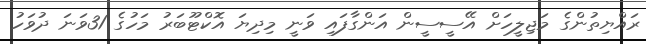
ރައްޔިތުންގެ މަޖިލީހަށް އޭސީސީން އަންގާފައި ވަނީ މިދިޔަ އޮކްޓޫބަރު މަހުގެ 31ވަނަ ދުވަހު